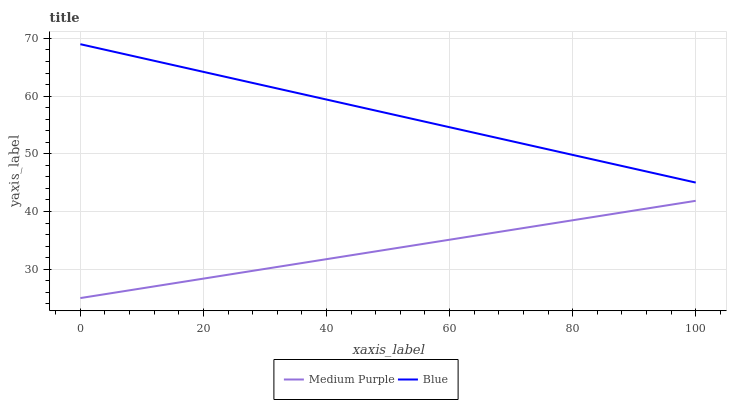
| xaxis_label | Medium Purple | Blue |
 | --- | --- | --- |
 | 0 | 25 | 69 |
 | 10 | 26.7 | 66.6 |
 | 20 | 28.4 | 64.2 |
 | 30 | 30.1 | 61.8 |
 | 40 | 31.7 | 59.4 |
 | 50 | 33.4 | 57 |
 | 60 | 35.1 | 54.6 |
 | 70 | 36.8 | 52.2 |
 | 80 | 38.5 | 49.8 |
 | 90 | 40.2 | 47.4 |
 | 100 | 41.9 | 45 |